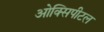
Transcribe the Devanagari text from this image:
ओक्सिपीटल